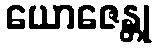
ယောဇေန္တု